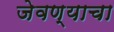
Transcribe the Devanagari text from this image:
जेवण्याचा